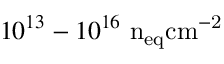
1 0 ^ { 1 3 } - 1 0 ^ { 1 6 } ~ \mathrm { { n } _ { e q } \mathrm { { c m } ^ { - 2 } } }